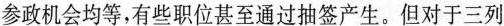
参政机会均等，有些职位甚至通过抽签产生。但对于三列